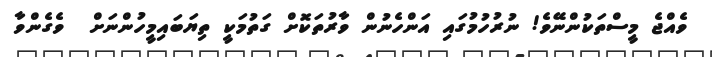
ވެއްޖެ މީސްތަކުންނޭވެ! ނުރުހުމުގައި އަންހެނުން ވާރުތަކޮށް ގަތުމަކީ ތިޔަބައިމީހުންނަށް  ވެގެންވާ